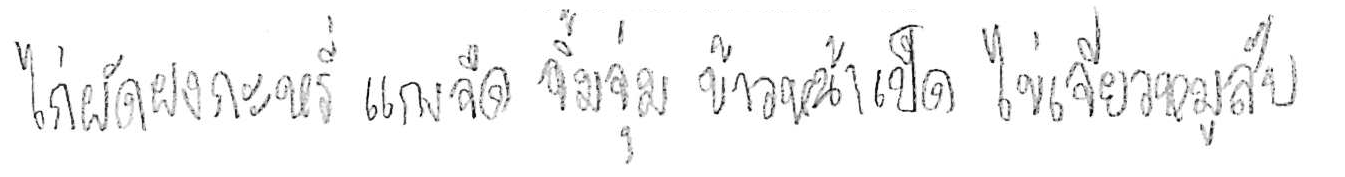
ไก่ผัดผงกะหรี่ แกงจืด จิ้มจุ่ม ข้าวหน้าเป็ด ไข่เจียวหมูสับ